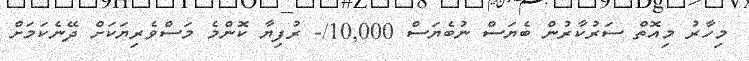
މިހާރު މިއޮތް ސަރުކާރުން ބެޔަސް ނުބެޔަސް 10